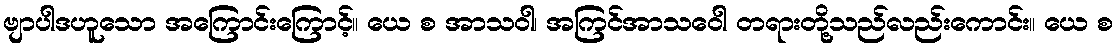
ဗျာပါဒဟူသော အကြောင်းကြောင့်။ ယေ စ အာသဝါ၊ အကြင်အာသဝေါ တရားတို့သည်လည်းကောင်း။ ယေ စ